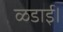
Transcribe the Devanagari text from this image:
ळडाई।